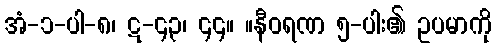
အံ-၁-ပါ-၈၊ ဋ-၄၃၊ ၄၄။ ။နီဝရဏ ၅-ပါး၏ ဥပမာကို